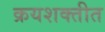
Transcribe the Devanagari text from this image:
क्रयशक्तीत